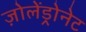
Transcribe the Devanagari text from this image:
ज़ोलेंड्रोनेट